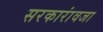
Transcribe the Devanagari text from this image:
सरकारांवजा